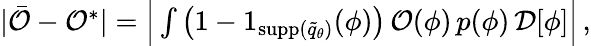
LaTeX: \begin{array}{r}{\vert\bar{\mathcal{O}}-\mathcal{O}^{*}\vert=\Big\vert\int\left(1-1_{{\textrm{supp}}(\widetilde{q}_{\theta})}(\phi)\right)\, \mathcal{O}(\phi)\, p(\phi)\, \mathcal{D}[\phi]\Big\vert\, ,}\end{array}